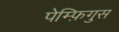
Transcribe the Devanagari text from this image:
पेम्फ़िगुस